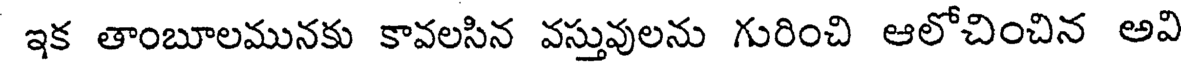
ఇక తాంబూలమునకు కావలసిన వస్తువులను గురించి ఆలోచించిన అవి